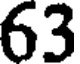
63